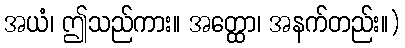
အယံ၊ ဤသည်ကား။ အတ္ထော၊ အနက်တည်း။)